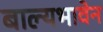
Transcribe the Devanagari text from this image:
बाल्यभावेन